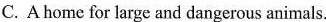
C. Ahome for large and dangerous animals.